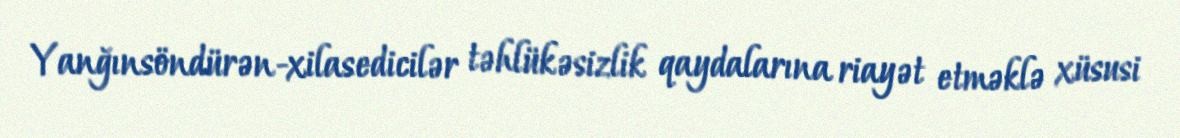
Yanğınsöndürən-xilasedicilər təhlükəsizlik qaydalarına riayət etməklə xüsusi